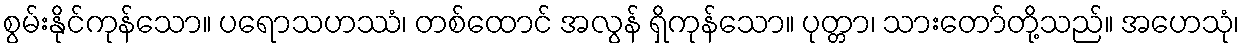
စွမ်းနိုင်ကုန်သော။ ပရောသဟဿံ၊ တစ်ထောင် အလွန် ရှိကုန်သော။ ပုတ္တာ၊ သားတော်တို့သည်။ အဟေသုံ၊